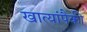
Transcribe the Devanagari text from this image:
खात्यांपैकी